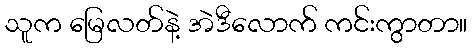
သူက မြေလတ်နဲ့ အဲဒီလောက် ကင်းကွာတာ။